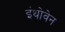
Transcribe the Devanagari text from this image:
इंथोवेन